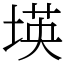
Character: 𡎘